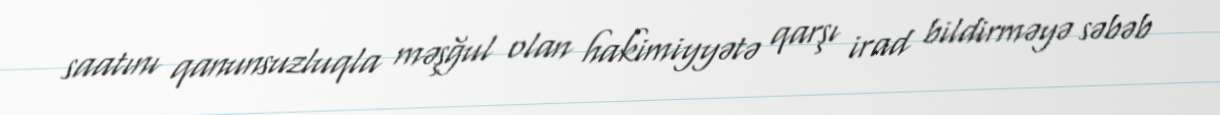
saatını qanunsuzluqla məşğul olan hakimiyyətə qarşı irad bildirməyə səbəb